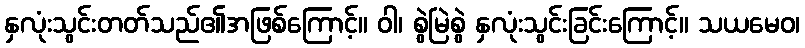
နှလုံးသွင်းတတ်သည်၏အဖြစ်ကြောင့်။ ဝါ၊ စွဲမြဲစွဲ နှလုံးသွင်းခြင်းကြောင့်။ သယမေဝ၊